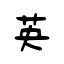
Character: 英